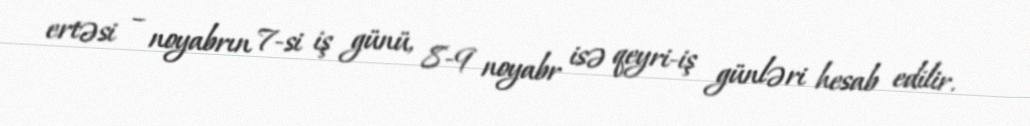
ertəsi – noyabrın 7-si iş günü, 8-9 noyabr isə qeyri-iş günləri hesab edilir.